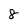
Character: 8